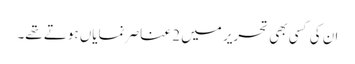
ان کی کسی بھی تحریر میں 2 عناصر نمایاں ہوتے تھے۔